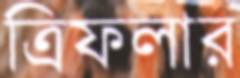
ত্রিফলার